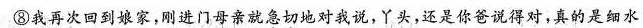
⑧我再次回到娘家，刚进门母亲就急切地对我说。丫头，还是你爸说得对，真的是细水